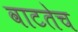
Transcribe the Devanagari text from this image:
वाटतेच